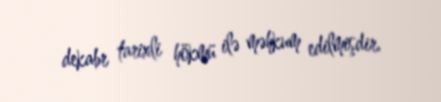
dekabr tarixli hökmü ilə məhkum edilmişdir.